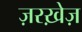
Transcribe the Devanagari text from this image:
ज़रख़ेज़